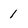
Character: 1